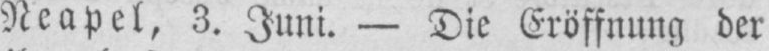
Neapel, 3. Juni - Die Eröffnung der